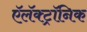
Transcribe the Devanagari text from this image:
ऍलॅक्ट्रॉनिक